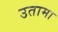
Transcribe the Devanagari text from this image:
उतामा